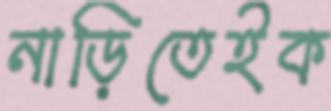
নাড়িতেইক